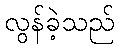
လွန်ခဲ့သည်